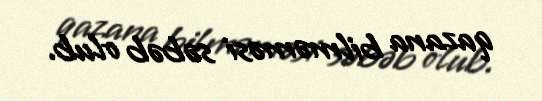
qazana bilməməsi səbəb olub.